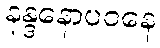
နန္ဒနောပဝနေ